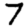
Digit: 7